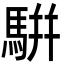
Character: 騈